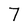
Character: 7